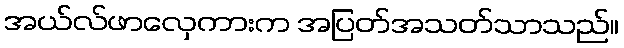
အယ်လ်ဖာလှေကားက အပြတ်အသတ်သာသည်။